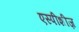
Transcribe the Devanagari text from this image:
एस्पीशीज़